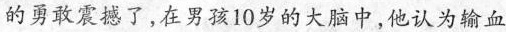
的勇敢震撼了，在男孩10岁的大脑中，他认为输血